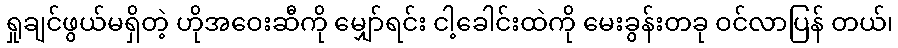
ရှုချင်ဖွယ်မရှိတဲ့ ဟိုအဝေးဆီကို မျှော်ရင်း ငါ့ခေါင်းထဲကို မေးခွန်းတခု ဝင်လာပြန် တယ်၊